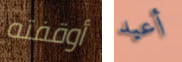
أوقفته أعيد